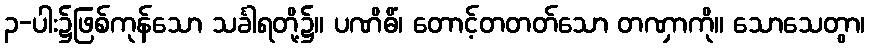
၃-ပါး၌ဖြစ်ကုန်သော သင်္ခါရတို့၌။ ပဏိဓိံ၊ တောင့်တတတ်သော တဏှာကို။ သောသေတွာ၊